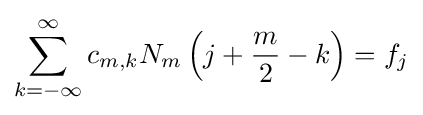
\sum _{k=-\infty }^{\infty }c_{m,k}N_{m}\left(j+{\frac {m}{2}}-k\right)=f_{j}